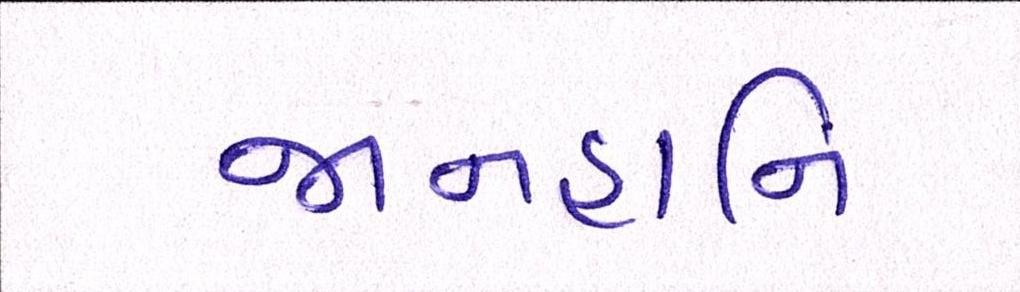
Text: જાનહાનિ